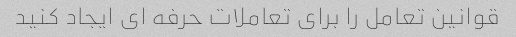
قوانین تعامل را برای تعاملات حرفه ای ایجاد کنید